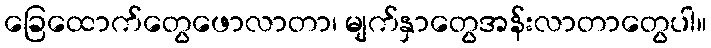
ခြေထောက်တွေဖောလာတာ၊ မျက်နှာတွေအန်းလာတာတွေပါ။